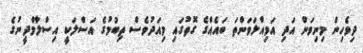
ދިވެހިން މިނިވަން އަދި އަމިއްލަވަންތަ ބައެއްގެ ގޮތުގައި މިއަދުވެސް ތިބުމުގެ އަސްލަކީ އިސްލާމްދީނުގެ